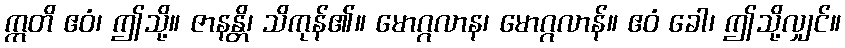
ဣတိ ဧဝံ၊ ဤသို့။ ဇာနန္တိ၊ သိကုန်၏။ မောဂ္ဂလာန၊ မောဂ္ဂလာန်။ ဧဝံ ခေါ၊ ဤသို့လျှင်။